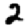
Digit: 2